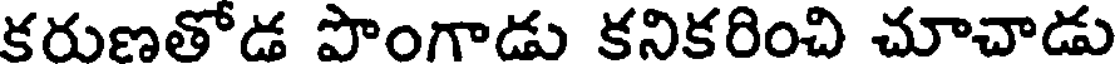
కరుణతోడ పొంగాడు కనికరించి చూచాడు